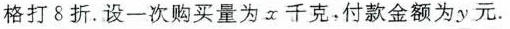
价格打δ折。设一次购买量为x千克。付款金额为y元。